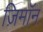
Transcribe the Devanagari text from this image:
ज़िमाॅन